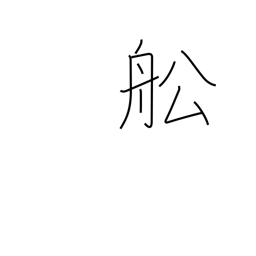
Meaning: vessel